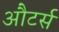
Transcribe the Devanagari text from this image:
औटर्स